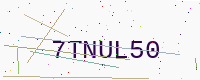
Text: 7TNUL50